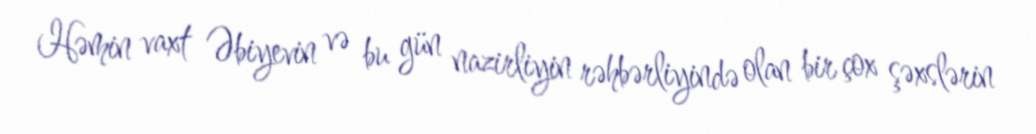
Həmin vaxt Əbiyevin və bu gün nazirliyin rəhbərliyində olan bir çox şəxslərin